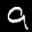
Label: 9